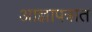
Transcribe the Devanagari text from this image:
आज्ञापत्रात